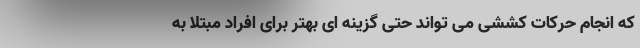
که انجام حرکات کششی می تواند حتی گزینه ای بهتر برای افراد مبتلا به